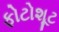
ફોટોશૂટ